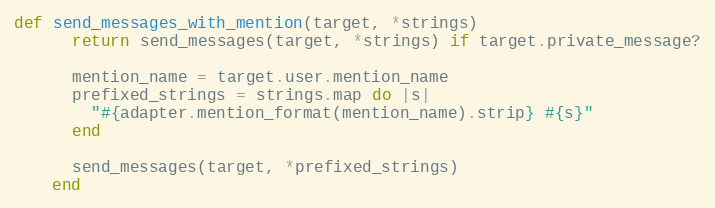
Language: Ruby
def send_messages_with_mention(target, *strings)
      return send_messages(target, *strings) if target.private_message?

      mention_name = target.user.mention_name
      prefixed_strings = strings.map do |s|
        "#{adapter.mention_format(mention_name).strip} #{s}"
      end

      send_messages(target, *prefixed_strings)
    end